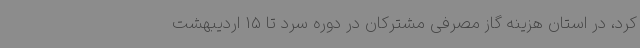
کرد، در استان هزینه گاز مصرفی مشترکان در دوره سرد تا 15 اردیبهشت